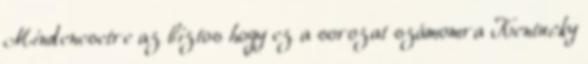
Mindenesetre az biztos hogy ez a sorozat számomra Kentucky